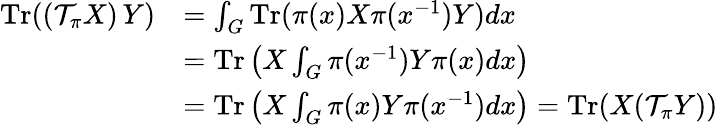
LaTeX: \begin{array}{rl}{\mathrm{Tr}((\mathcal{T}_{\pi}X)\, Y)}&{=\int_{G}\mathrm{Tr}(\pi(x)X\pi(x^{-1})Y)dx}\\ &{=\mathrm{Tr}\left(X\int_{G}\pi(x^{-1})Y\pi(x)dx\right)}\\ &{=\mathrm{Tr}\left(X\int_{G}\pi(x)Y\pi(x^{-1})dx\right)=\mathrm{Tr}(X(\mathcal{T}_{\pi}Y))}\end{array}